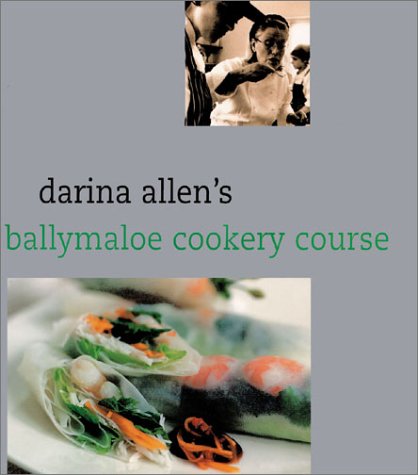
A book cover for Darina Allen's Ballymaloe Cooking School Cookbook; Darina Allen; Cookbooks, Food & Wine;